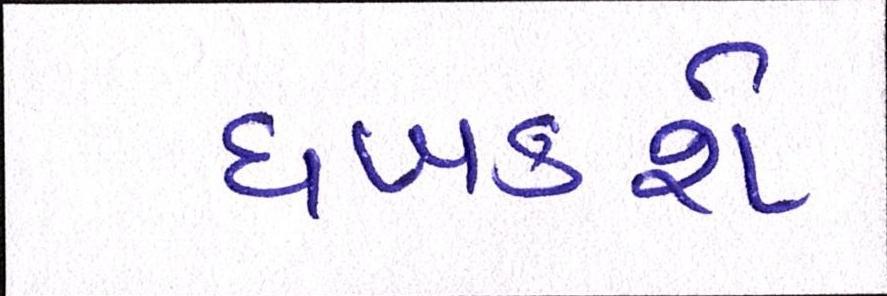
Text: ધબકશે